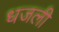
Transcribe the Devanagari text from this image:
धजली